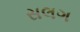
સલગ